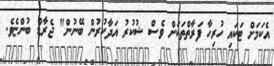
އެކަމަށް ޓަކައި ހުރިހާ ފަރާތްތަކަށް ވެސް ޝުކުރު އަދާކުރުން ބޭނުން" ޖެރާޑް ބުންޏެވެ.